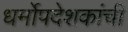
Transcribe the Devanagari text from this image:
धर्मोपदेशकांची